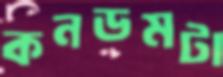
কনডমটা